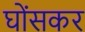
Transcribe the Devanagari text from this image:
घोंसकर